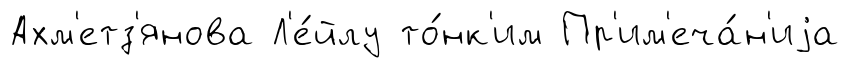
Ахм'етз'янова Л'е́йлу то́нк'им Пр'им'еча́н'иjа